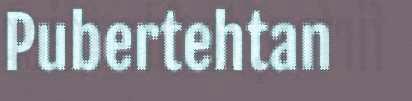
Pubertehtan